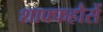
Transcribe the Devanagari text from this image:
शाफ्फहौसें